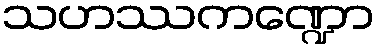
သဟဿကဏ္ဍော